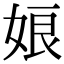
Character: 娘